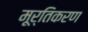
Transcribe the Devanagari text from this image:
मूर्तिकरण